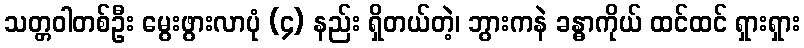
သတ္တဝါတစ်ဦး မွေးဖွားလာပုံ (၄) နည်း ရှိတယ်တဲ့၊ ဘွားကနဲ ခန္ဓာကိုယ် ထင်ထင် ရှားရှား